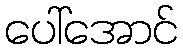
ပေါ်အောင်